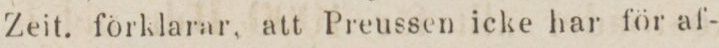
Zeit, förklarar, att Preussen icke har för af-